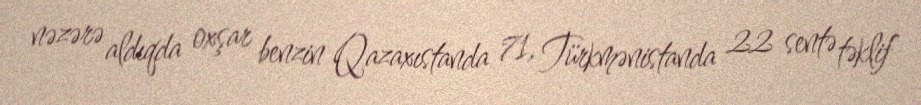
nəzərə aldıqda oxşar benzin Qazaxıstanda 71, Türkmənistanda 22 sentə təklif